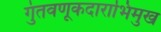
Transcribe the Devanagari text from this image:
गुंतवणूकदाराभिमुख